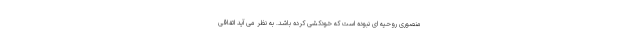
منصوری روحیه ای نبوده است که خودکشی کرده باشد. به نظر می آید اتفاقی